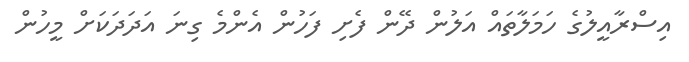
އިސްރާއީލުގެ ހަމަލާތައް އަލުން ދޭން ފެށި ފަހުން އެންމެ ގިނަ އަދަދަކަށް މީހުން